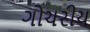
ગોચરીય